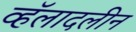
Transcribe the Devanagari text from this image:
व्हॅलादलीन